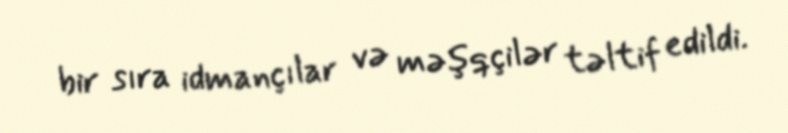
bir sıra idmançılar və məşqçilər təltif edildi.